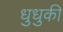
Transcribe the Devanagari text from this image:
धुधुकी